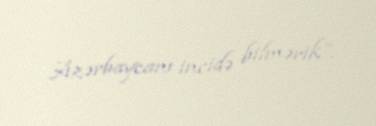
Azərbaycanı incidə bilmərik”.